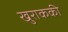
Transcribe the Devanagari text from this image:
खुराककी